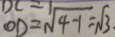
O D = \sqrt { 4 - 1 } = \sqrt { 3 } .